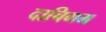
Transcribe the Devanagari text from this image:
दाचिगम